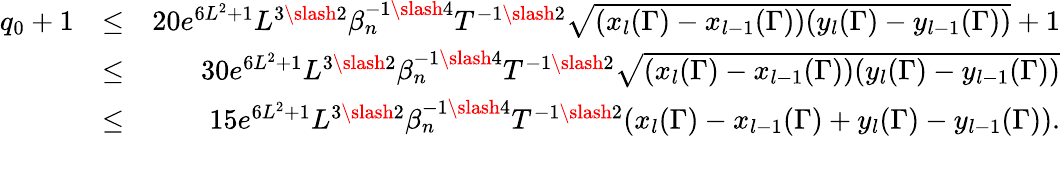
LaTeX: \begin{array}{rlr}{q_{0}+1}&{\leq}&{20e^{6L^{2}+1}L^{3\slash 2}\beta_{n}^{-1\slash 4}T^{-1\slash 2}\sqrt{(x_{l}(\Gamma)-x_{l-1}(\Gamma))(y_{l}(\Gamma)-y_{l-1}(\Gamma))}+1}\\ &{\leq}&{30e^{6L^{2}+1}L^{3\slash 2}\beta_{n}^{-1\slash 4}T^{-1\slash 2}\sqrt{(x_{l}(\Gamma)-x_{l-1}(\Gamma))(y_{l}(\Gamma)-y_{l-1}(\Gamma))}}\\ &{\leq}&{15e^{6L^{2}+1}L^{3\slash 2}\beta_{n}^{-1\slash 4}T^{-1\slash 2}(x_{l}(\Gamma)-x_{l-1}(\Gamma)+y_{l}(\Gamma)-y_{l-1}(\Gamma)).}\\ &{}&\end{array}